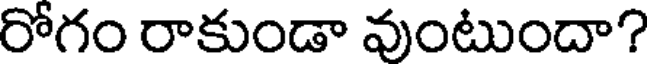
రోగం రాకుండా వుంటుందా?